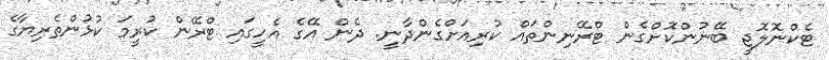
ޓެކްނޮލޮޖީ ބޭނުންކޮށްގެން ޓްރޭނިންތައް ކުރިއަށްގެންދާނީ. ދެން އޭގެ އެހީގައި ޓްރޭން ކުރީމަ ކުޅުންތެރިޔާގެ